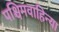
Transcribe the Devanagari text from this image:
पश्चिमवाहिन्या